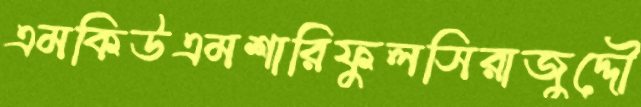
এমকিউএমশারিফুলসিরাজুদ্দৌ